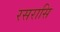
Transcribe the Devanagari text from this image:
रसरासि